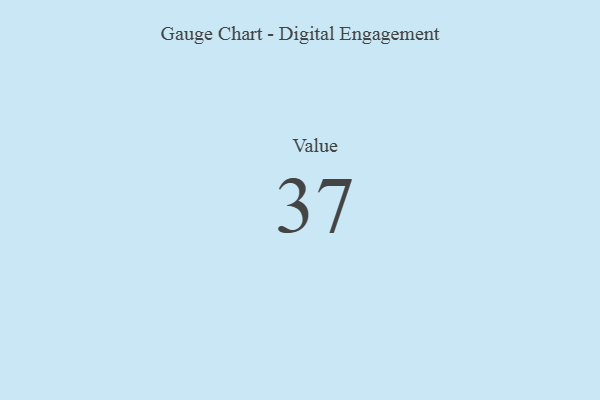
{"axis": {"x": "Metric", "y": "Value"}, "legend": [""], "data": [{"x": "Value", "y": 37, "type": ""}]}